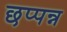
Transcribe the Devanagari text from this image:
छप्पन्न